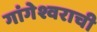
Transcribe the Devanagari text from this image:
गांगेश्वराची